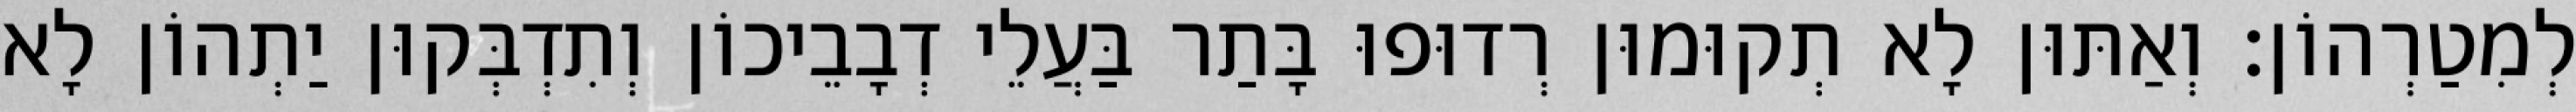
לְמִטַרְהוֹן׃ וְאַתּוּן לָא תְקוּמוּן רְדוּפוּ בָּתַר בַּעֲלֵי דְבָבֵיכוֹן וְתִדְבְּקוּן יַתְהוֹן לָא